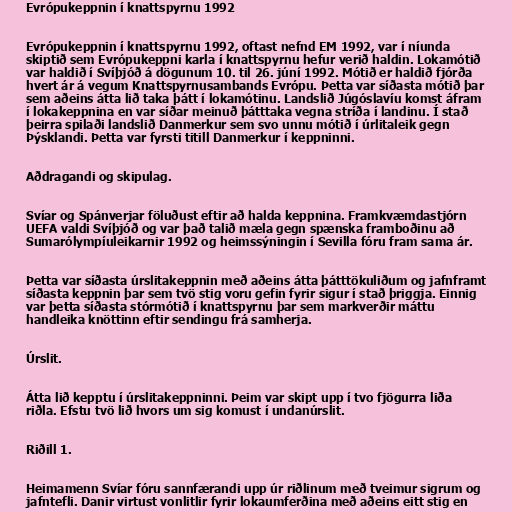
Evrópukeppnin í knattspyrnu 1992

Evrópukeppnin í knattspyrnu 1992, oftast nefnd EM 1992, var í níunda
skiptið sem Evrópukeppni karla í knattspyrnu hefur verið haldin. Lokamótið
var haldið í Svíþjóð á dögunum 10. til 26. júní 1992. Mótið er haldið fjórða
hvert ár á vegum Knattspyrnusambands Evrópu. Þetta var síðasta mótið þar
sem aðeins átta lið taka þátt í lokamótinu. Landslið Júgóslavíu komst áfram
í lokakeppnina en var síðar meinuð þátttaka vegna stríða í landinu. Í stað
þeirra spilaði landslið Danmerkur sem svo unnu mótið í úrlitaleik gegn
Þýsklandi. Þetta var fyrsti titill Danmerkur í keppninni.

Aðdragandi og skipulag.

Svíar og Spánverjar föluðust eftir að halda keppnina. Framkvæmdastjórn
UEFA valdi Svíþjóð og var það talið mæla gegn spænska framboðinu að
Sumarólympíuleikarnir 1992 og heimssýningin í Sevilla fóru fram sama ár.

Þetta var síðasta úrslitakeppnin með aðeins átta þátttökuliðum og jafnframt
síðasta keppnin þar sem tvö stig voru gefin fyrir sigur í stað þriggja. Einnig
var þetta síðasta stórmótið í knattspyrnu þar sem markverðir máttu
handleika knöttinn eftir sendingu frá samherja.

Úrslit.

Átta lið kepptu í úrslitakeppninni. Þeim var skipt upp í tvo fjögurra liða
riðla. Efstu tvö lið hvors um sig komust í undanúrslit.

Riðill 1.

Heimamenn Svíar fóru sannfærandi upp úr riðlinum með tveimur sigrum og
jafntefli. Danir virtust vonlitlir fyrir lokaumferðina með aðeins eitt stig en